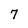
Character: 7